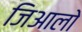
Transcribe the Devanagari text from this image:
जिआलो